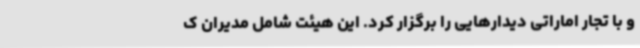
و با تجار اماراتی دیدارهایی را برگزار کرد. این هیئت شامل مدیران ک